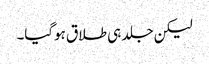
لیکن جلد ہی طلاق ہوگیا۔